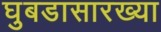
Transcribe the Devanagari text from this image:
घुबडासारख्या